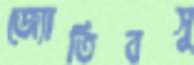
জ্যোতিবসু